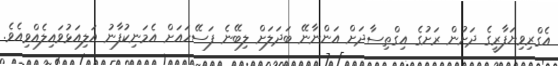
އެގްރިވިޔަފާރީގެ ދަށުން ރަށުގެ އިގްތިސާދަަށް އަންނާނޭ ބަދަލަށް ލިބޭނެ ފަސޭހައަށް އެމަނިކުފާނު އަލިއަޅުވައިލެއްވިއެވެ.